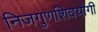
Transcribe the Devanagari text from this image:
निजगुणशिवयोगी